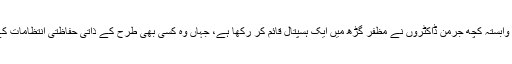
ان کے مطابق ڈاکٹرز ودآوٹ بارڈرز کی جرمن شاخ سے وابستہ کچھ جرمن ڈاکٹروں نے مظفر گڑھ میں ایک ہسپتال قائم کر رکھا ہے، جہاں وہ کسی بھی طرح کے ذاتی حفاظتی انتظامات کے بغیر دکھی انسانیت کی خدمت جاری رکھے ہوئے ہیں۔